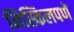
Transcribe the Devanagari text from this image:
मिस्किलपणे